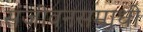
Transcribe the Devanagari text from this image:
संजीवनसमाधी